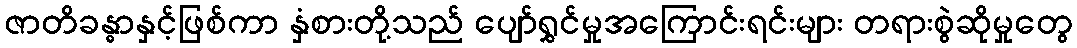
ဇာတိခန္ဓာနှင့်ဖြစ်ကာ နှံစားတို့သည် ပျော်ရွှင်မှုအကြောင်းရင်းများ တရားစွဲဆိုမှုတွေ